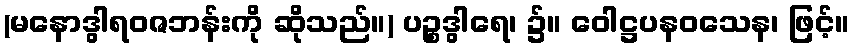
(မနောဒွါရဝဇဘန်းကို ဆိုသည်။) ပဉ္စဒွါရေ၊ ၌။ ဝေါဋ္ဌပနဝသေန၊ ဖြင့်။